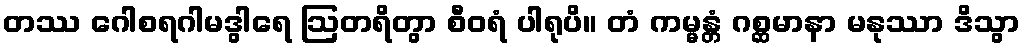
တဿ ဂေါစရဂါမဒွါရေ ဩတရိတွာ စီဝရံ ပါရုပိ။ တံ ကမ္မန္တံ ဂစ္ဆမာနာ မနုဿာ ဒိသွာ